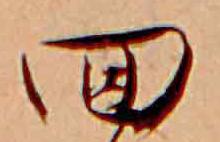
回